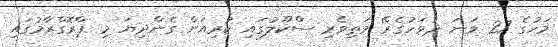
މަހުގެ 27 ވަނަ ދުވަހުގެރޭ މަތިވެރި ސްކޫލުގައި ކުރިއަށް ގެންދިޔަ މި ޕްރޮގްރާމުގައި